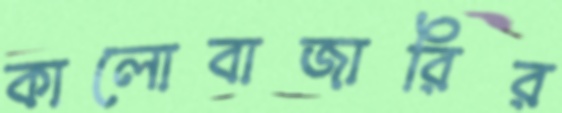
কালোবাজারির